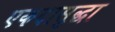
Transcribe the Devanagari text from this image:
एकदासुद्धा